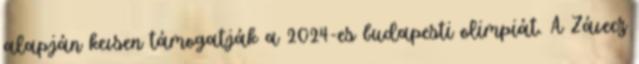
alapján kevsen támogatják a 2024-es budapesti olimpiát. A Závecz